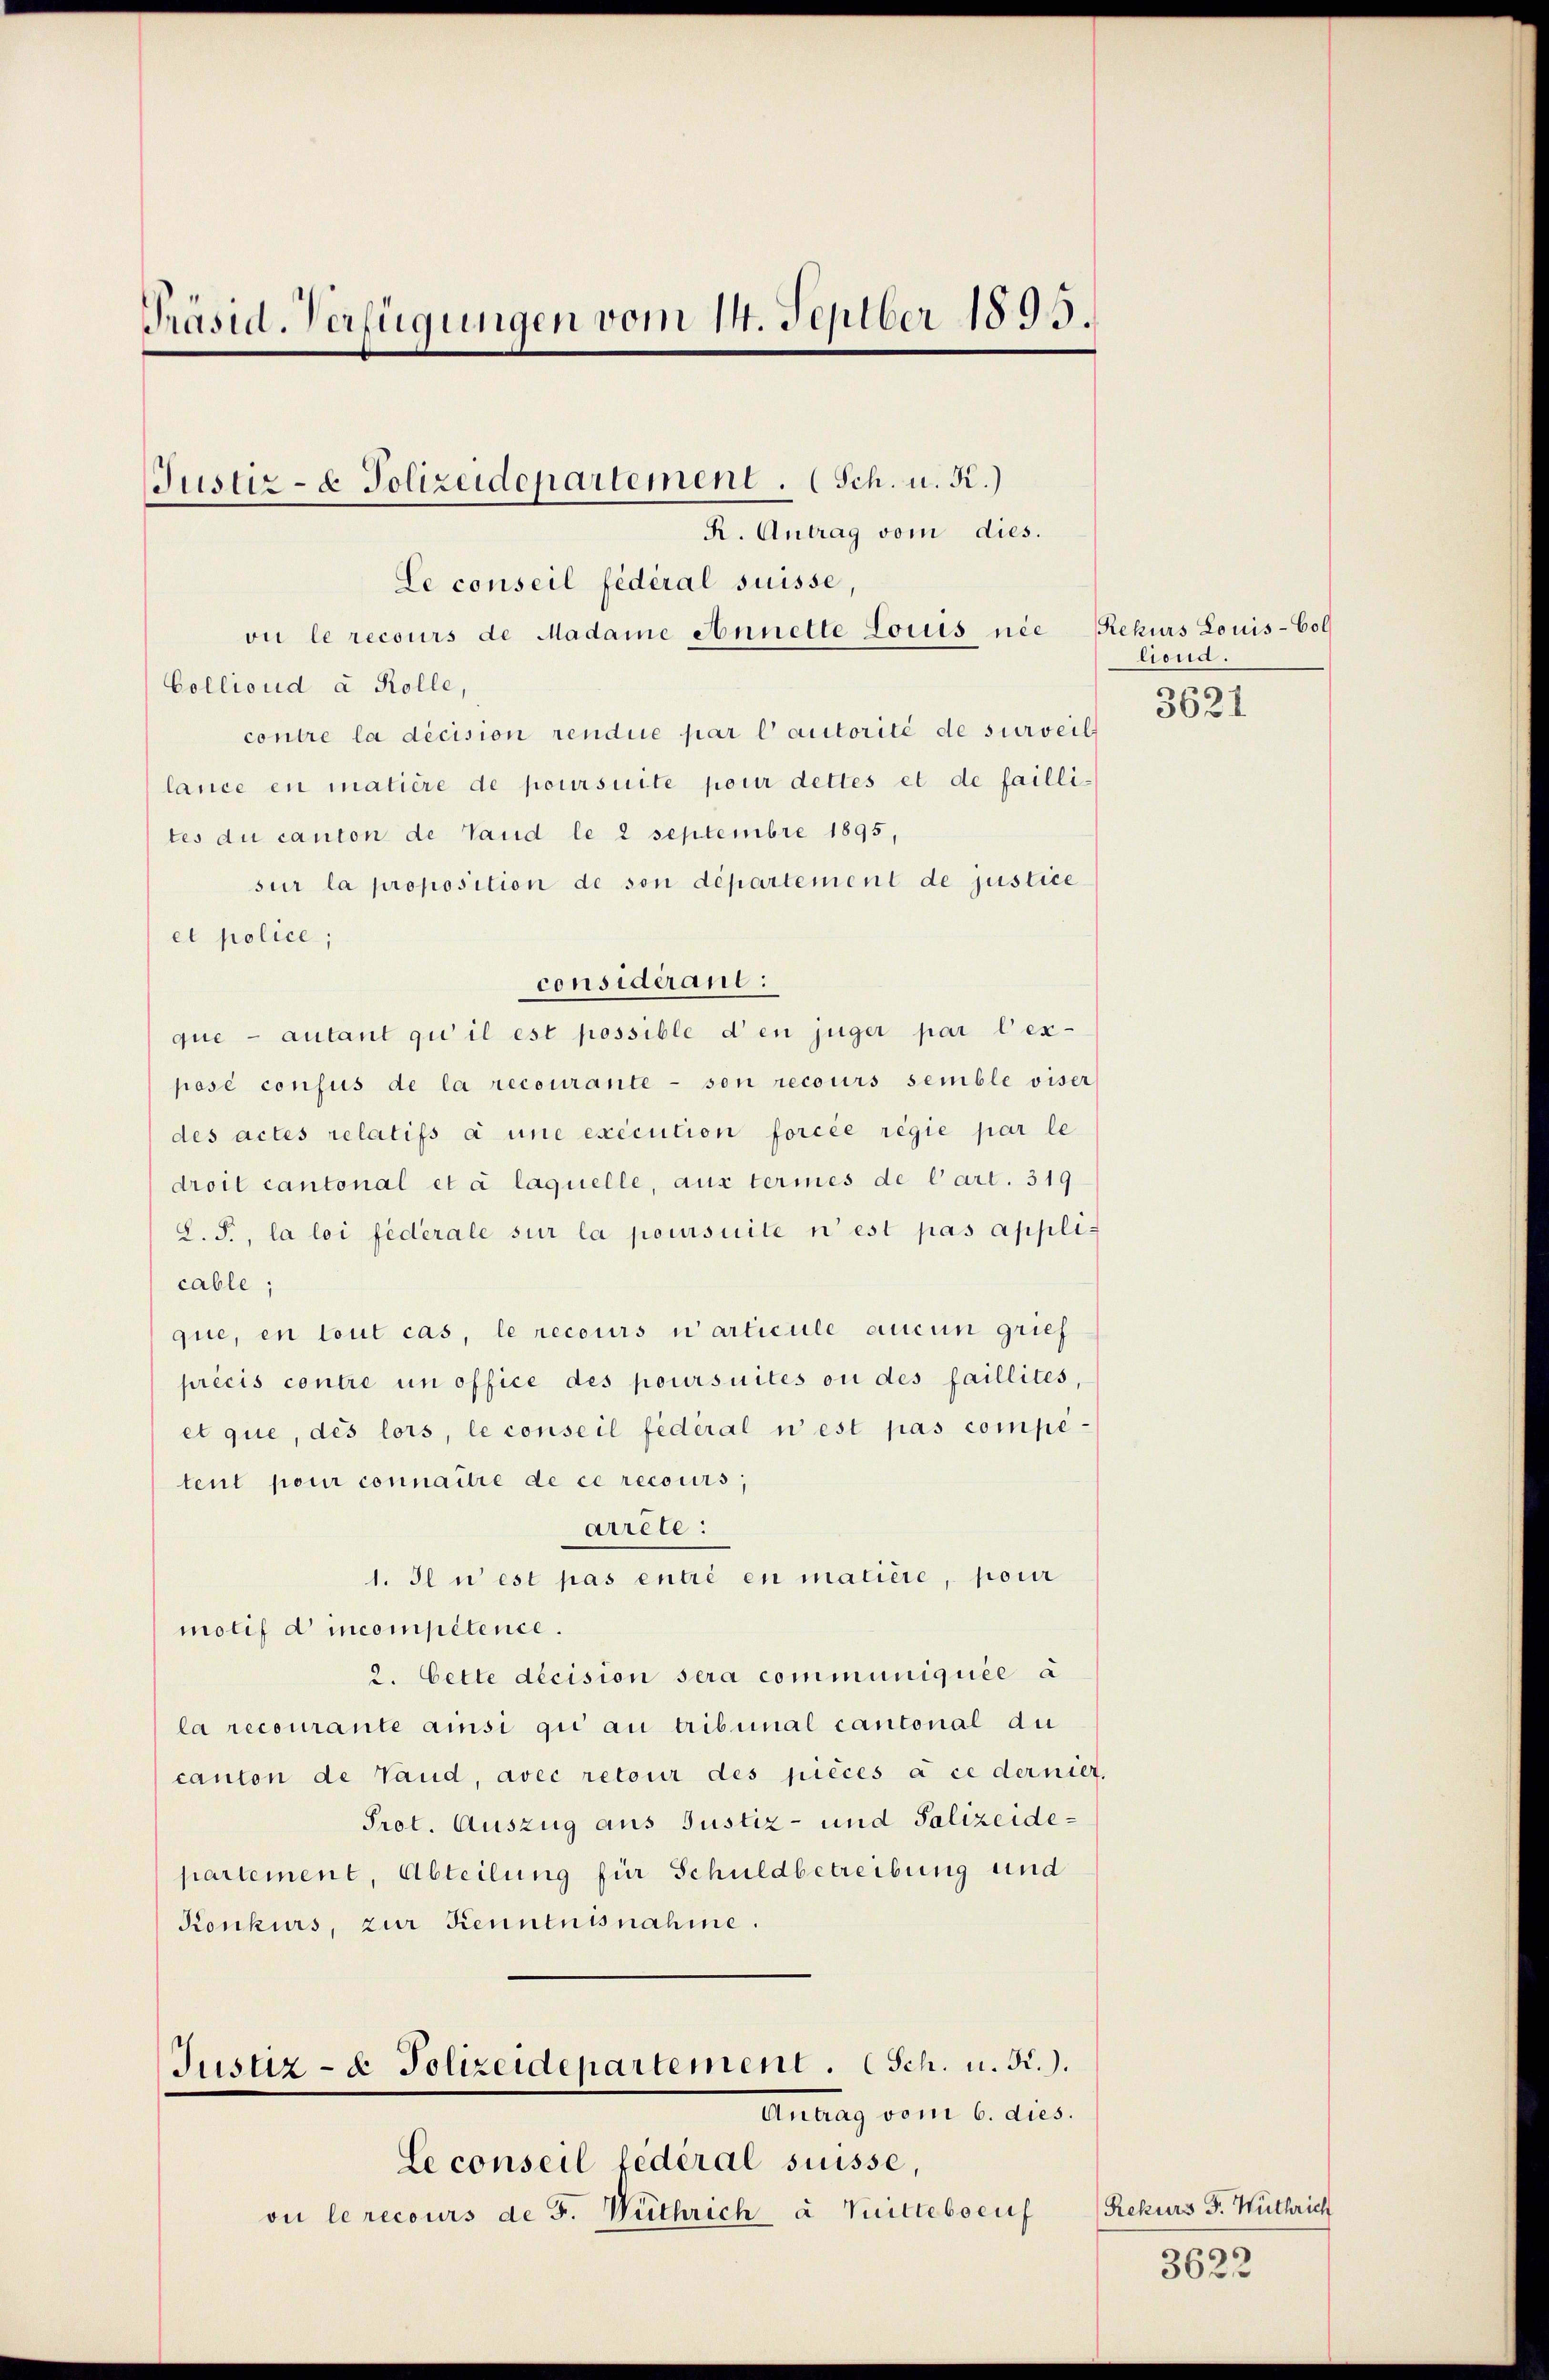
Präsid. Verfügungen vom 14. Septber 1895.

Justiz- & Polizeidepartement. (Sch. u. R.)

R. Antrag vom dies.
Le conseil fédéral suisse,
oi le recours de Madame Annette Locus nie
Collioud à Rolle,
contre la décision rendue par l’autorité de surveil
lance en matière de poursuite pour dettes et de failli-
tes du canton de Land le 2 Septembre 1895,
sur la proposition de son departement de justice
et police;
considerant:
que - autant qui il est possible den juger par lex-
posé confus de la recourante - son recours semble viser
des actes relatifs à une execution forcée régie par le
droit cantonal et à laquelle, aus termes de l’art. 319
L. F., la loi fédérale sur la poursuite n’est pas applicable;
que, en tout cas, le recours ni articule aucun grief
précis contre un office des poursuites ou des faillités,
et que, des lors, le conseil federal n est pas compe-
tent pour connaitre de ce recours,
arrete:
1. Il u est pas entré en matière, pour
motif d incompétence.
2. Cette decision sera communiquée à
la recourante ansi qui au tribunal cantonal au
canton de Vaud, avec retour des pièces à ce dernier,
Prot. Auszug aus Justiz- und Salizeidepartement, Abteilung für Schuldbetreibung und
Konkurs, zur Kenntnisnahme.
Justiz- & Polizeidepartement. (Sch. u. 52.).
auung vom 6. dies
Le conseil fédéral suisse,
vi le recours de F. Wüthrich à Mitteboeuf

Rekurs Louis-Col
liond.
3621

Rekurs F. Wüthrich
3622